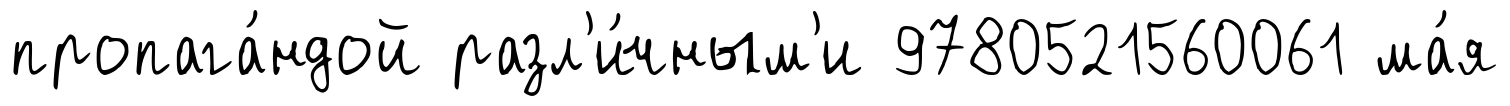
пропага́ндой разл'и́чным'и 9780521560061 ма́я